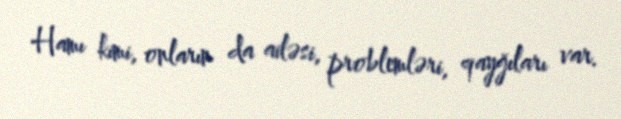
Hamı kimi, onların da ailəsi, problemləri, qayğıları var.